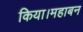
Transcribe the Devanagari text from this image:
किया।महाबन